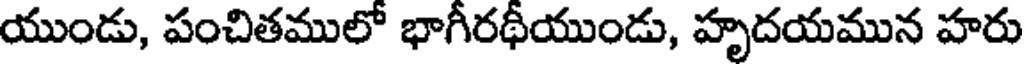
యుండు, పంచితములో భాగీరథీయుండు, హృదయమున హరు